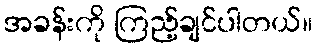
အခန်းကို ကြည့်ချင်ပါတယ်။